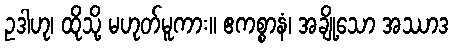
ဥဒါဟု၊ ထိုသို့ မဟုတ်မူကား။ ဧကစ္စာနံ၊ အချို့သော အဿာဒ